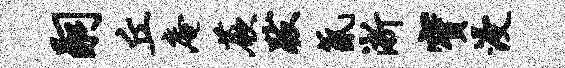
嗣丘庵蕨跋氤淅宝浸